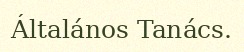
Általános Tanács.